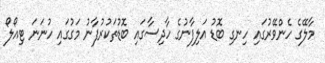
މާލޭގެ ހެންވޭރުގައި ހިނގި ބޮޑު އަލިފާނުގެ ހާދިސާގައި ބޮޑުތަކުރުފާނު މަގުގައި ހުނަނަ ޓިއޯލޯ